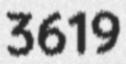
3619